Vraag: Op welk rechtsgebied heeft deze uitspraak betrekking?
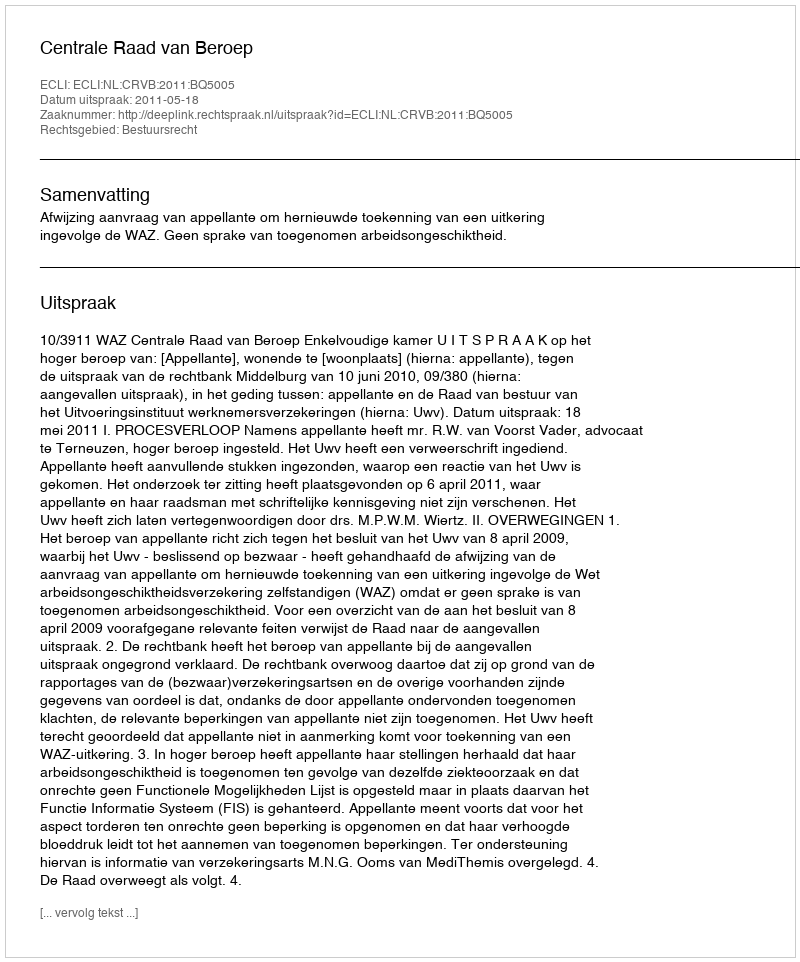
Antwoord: Bestuursrecht